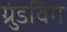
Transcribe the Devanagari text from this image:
ग्रुंडविग